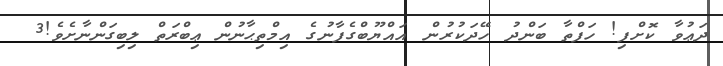
ދަޢުވާ ކޮށްފި! ހަފްތާ ބަންދު ހޭދަކުރުން އައްޔޫބްގެފާނުގެ އިމްތިޙާނުން ޢިބްރަތް ލިބިގަންނާށެވެ!3